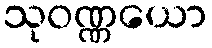
သုဝဏ္ဏယော